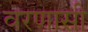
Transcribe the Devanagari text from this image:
वरणासी